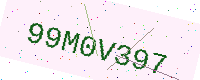
Text: 99M0V397